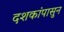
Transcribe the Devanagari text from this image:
दशकांपासुन